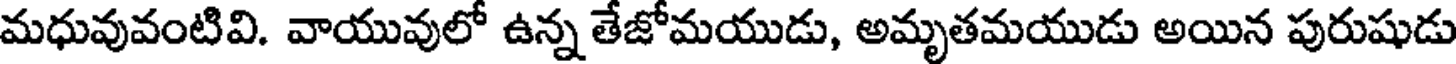
మధువువంటివి. వాయువులో ఉన్న తేజోమయుడు, అమృతమయుడు అయిన పురుషుడు